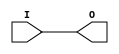
module BUFG(
    (* clkbuf_driver *)
    output O,
    input I);
  assign O = I;
  specify
    // https://github.com/SymbiFlow/prjxray-db/blob/4bc6385ab300b1819848371f508185f57b649a0e/artix7/timings/CLK_BUFG_TOP_R.sdf#L11
    (I => O) = 96;
  endspecify
endmodule